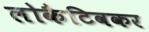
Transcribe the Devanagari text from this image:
लोकैटिवकर